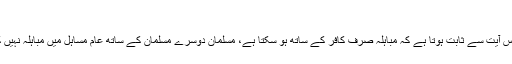
[5]
قرآن کی اس آیت سے ثابت ہوتا ہے کہ مباہلہ صرف کافر کے ساتھ ہو سکتا ہے، مسلمان دوسرے مسلمان کے ساتھ عام مساہل میں مباہلہ نہیں کر سکتے۔